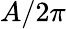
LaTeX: A/2\pi